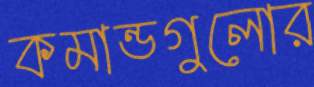
কমান্ডগুলোর